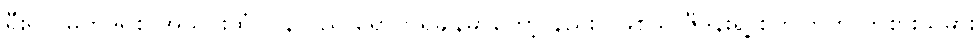
ရီးရဲလ်မက်ဒရစ် အသင်းထံ ပြန်လည် ရောက်ရှိချိန်မှာတော့ နည်းပြဖြစ်သူ ဇီဒန်းရဲ့ စိတ်ကြိုက် ကစားသမား